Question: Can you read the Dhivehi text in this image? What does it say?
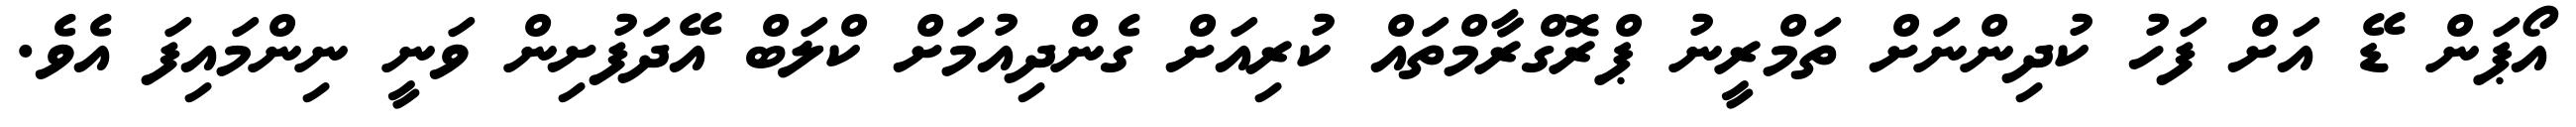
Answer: އޯޕަން ޑޭ އަށް ފަހު ކުދިންނަށް ތަމްރީނު ޕްރޮގްރާމްތައް ކުރިއަށް ގެންދިއުމަށް ކްލަބް އޭދަފުށިން ވަނީ ނިންމައިފަ އެވެ.